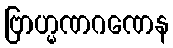
ဗြာဟ္မဏဂဏေန